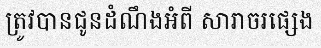
ត្រូវបានជូនដំណឹងអំពី សារាចរផ្សេង